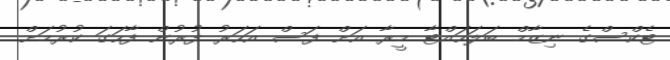
ޓެކްސްގެ ނިޒާމް ބަލަހައްޓާ މީރާ އަށް ފަސް އަހަރު ފުރުން ފާހަގަ ކުރުމަށް